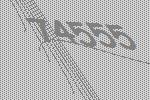
74555